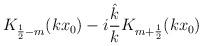
LaTeX: \begin{align*}K_{\frac 12-m}(kx_0)-i\frac{\hat k}{k}K_{m+\frac12}(kx_0)\end{align*}